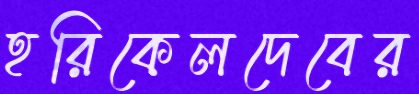
হরিকেলদেবের